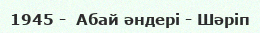
1945 -  Абай әндері - Шәріп